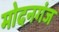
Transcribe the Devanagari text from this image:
मोदनगंज